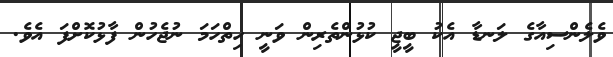
ވެލެންސިއާގެ ލަނޑާ އެކު ބީޖީ ކުޅުންތެރިން ވަނީ ހިތްހަމަ ނުޖެހުން ފާޅުކޮށްފަ އެވެ.